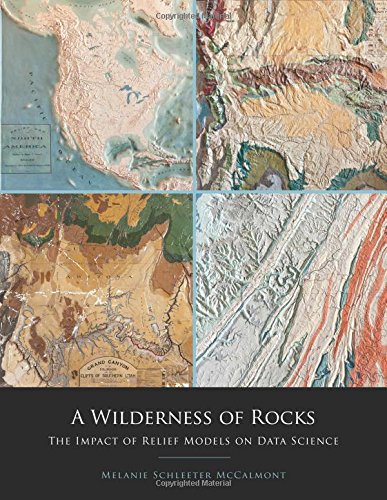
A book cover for A Wilderness of Rocks: The Impact of Relief Models on Data Science; Melanie Schleeter McCalmont; Science & Math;